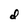
Character: d